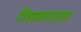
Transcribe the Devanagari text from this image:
गैरलगातार